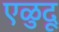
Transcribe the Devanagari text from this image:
एळुदू